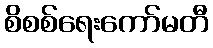
စိစစ်ရေးကော်မတီ